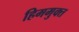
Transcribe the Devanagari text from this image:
हिममुक्त